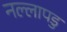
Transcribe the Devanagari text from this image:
नल्‍लापडु